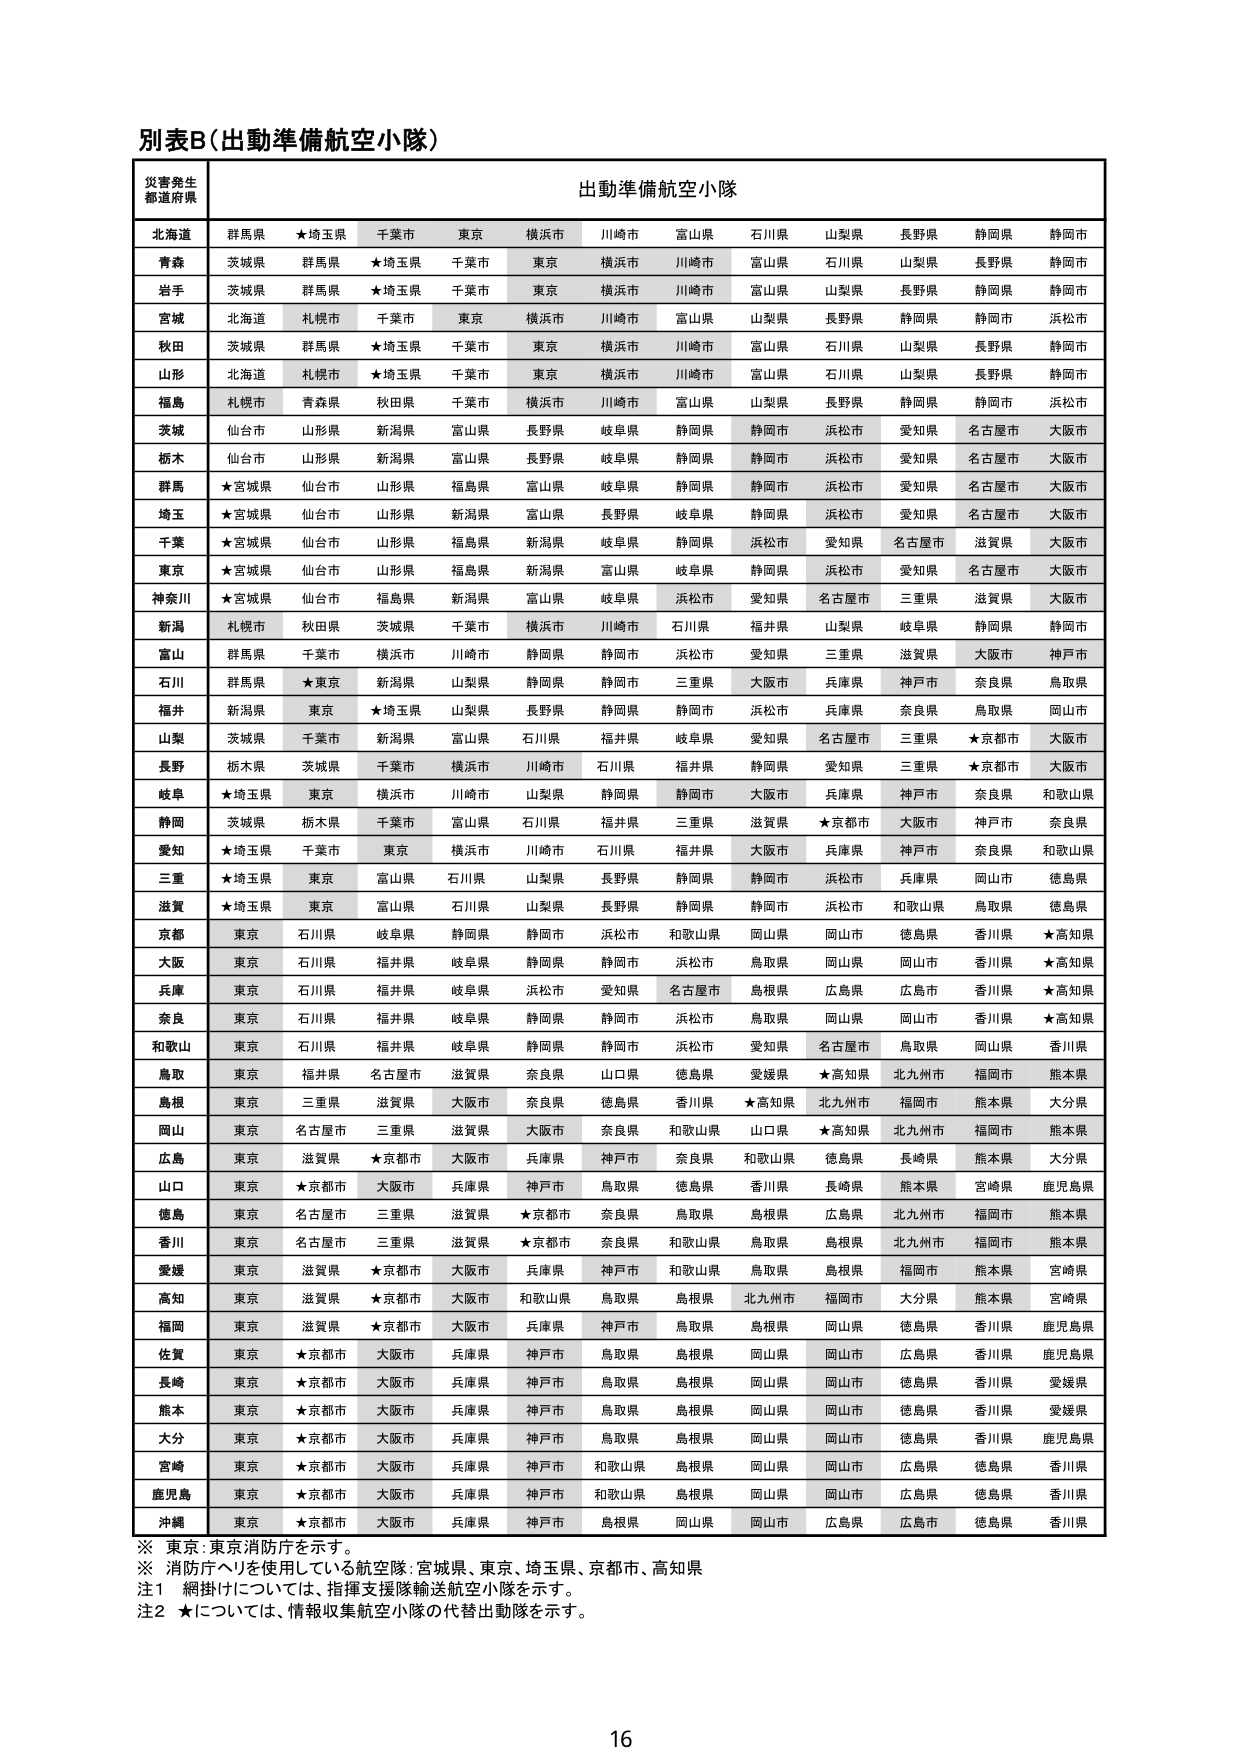
別表B（出動準備航空小隊）

災害発生
都道府県

出動準備航空小隊

北海道
群馬県 ★埼玉県 千葉市 東京 横浜市 川崎市 富山県 石川県 山梨県 長野県 静岡県 静岡市

青森
茨城県 群馬県 ★埼玉県 千葉市 東京 横浜市 川崎市 富山県 石川県 山梨県 長野県 静岡市

岩手
茨城県 群馬県 ★埼玉県 千葉市 東京 横浜市 川崎市 富山県 山梨県 長野県 静岡県 静岡市

宮城
北海道 札幌市 千葉市 東京 横浜市 川崎市 富山県 山梨県 長野県 静岡県 静岡市 浜松市

秋田
茨城県 群馬県 ★埼玉県 千葉市 東京 横浜市 川崎市 富山県 石川県 山梨県 長野県 静岡市

山形
北海道 札幌市 ★埼玉県 千葉市 東京 横浜市 川崎市 富山県 石川県 山梨県 長野県 静岡市

福島
札幌市 青森県 秋田県 千葉市 横浜市 川崎市 富山県 山梨県 長野県 静岡県 静岡市 浜松市

茨城
仙台市 山形県 新潟県 富山県 長野県 岐阜県 静岡県 静岡市 浜松市 愛知県 名古屋市 大阪市

栃木
仙台市 山形県 新潟県 富山県 長野県 岐阜県 静岡県 静岡市 浜松市 愛知県 名古屋市 大阪市

群馬
★宮城県 仙台市 山形県 福島県 富山県 岐阜県 静岡県 静岡市 浜松市 愛知県 名古屋市 大阪市

埼玉
★宮城県 仙台市 山形県 新潟県 富山県 長野県 岐阜県 静岡県 浜松市 愛知県 名古屋市 大阪市

千葉
★宮城県 仙台市 山形県 福島県 新潟県 岐阜県 静岡県 浜松市 愛知県 名古屋市 滋賀県 大阪市

東京
★宮城県 仙台市 山形県 福島県 新潟県 富山県 岐阜県 静岡県 浜松市 愛知県 名古屋市 大阪市

神奈川
★宮城県 仙台市 福島県 新潟県 富山県 岐阜県 浜松市 愛知県 名古屋市 三重県 滋賀県 大阪市

新潟
札幌市 秋田県 茨城県 千葉市 横浜市 川崎市 石川県 福井県 山梨県 岐阜県 静岡県 静岡市

富山
群馬県 千葉市 横浜市 川崎市 静岡県 静岡市 浜松市 愛知県 三重県 滋賀県 大阪市 神戸市

石川
群馬県 ★東京 新潟県 山梨県 静岡県 静岡市 三重県 大阪市 兵庫県 神戸市 奈良県 鳥取県

福井
新潟県 東京 ★埼玉県 山梨県 長野県 静岡県 静岡市 浜松市 兵庫県 奈良県 鳥取県 岡山市

山梨
茨城県 千葉市 新潟県 富山県 石川県 福井県 岐阜県 愛知県 名古屋市 三重県 ★京都市 大阪市

長野
栃木県 茨城県 千葉市 横浜市 川崎市 石川県 福井県 静岡県 愛知県 三重県 ★京都市 大阪市

岐阜
★埼玉県 東京 横浜市 川崎市 山梨県 静岡県 静岡市 大阪市 兵庫県 神戸市 奈良県 和歌山県

静岡
茨城県 栃木県 千葉市 富山県 石川県 福井県 三重県 滋賀県 ★京都市 大阪市 神戸市 奈良県

愛知
★埼玉県 千葉市 東京 横浜市 川崎市 石川県 福井県 大阪市 兵庫県 神戸市 奈良県 和歌山県

三重
★埼玉県 東京 富山県 石川県 山梨県 長野県 静岡県 静岡市 浜松市 兵庫県 岡山市 徳島県

滋賀
★埼玉県 東京 富山県 石川県 山梨県 長野県 静岡県 静岡市 浜松市 和歌山県 鳥取県 徳島県

京都
東京 石川県 岐阜県 静岡県 静岡市 浜松市 和歌山県 岡山県 岡山市 徳島県 香川県 ★高知県

大阪
東京 石川県 福井県 岐阜県 静岡県 静岡市 浜松市 鳥取県 岡山県 岡山市 香川県 ★高知県

兵庫
東京 石川県 福井県 岐阜県 浜松市 愛知県 名古屋市 鳥根県 広島県 広島市 香川県 ★高知県

奈良
東京 石川県 福井県 岐阜県 静岡県 静岡市 浜松市 鳥取県 岡山県 岡山市 香川県 ★高知県

和歌山
東京 石川県 福井県 岐阜県 静岡県 静岡市 浜松市 愛知県 名古屋市 鳥取県 岡山県 香川県

鳥取
東京 福井県 名古屋市 滋賀県 奈良県 山口県 徳島県 愛媛県 ★高知県 北九州市 福岡市 熊本県

島根
東京 三重県 滋賀県 大阪市 奈良県 徳島県 香川県 ★高知県 北九州市 福岡市 熊本県 大分県

岡山
東京 名古屋市 三重県 滋賀県 大阪市 奈良県 和歌山県 山口県 ★高知県 北九州市 福岡市 熊本県

広島
東京 滋賀県 ★京都市 大阪市 兵庫県 神戸市 奈良県 和歌山県 徳島県 長崎県 熊本県 大分県

山口
東京 ★京都市 大阪市 兵庫県 神戸市 鳥取県 徳島県 香川県 長崎県 熊本県 宮崎県 鹿児島県

徳島
東京 名古屋市 三重県 滋賀県 ★京都市 奈良県 鳥取県 島根県 広島県 北九州市 福岡市 熊本県

香川
東京 名古屋市 三重県 滋賀県 ★京都市 奈良県 和歌山県 鳥取県 島根県 北九州市 福岡市 熊本県

愛媛
東京 滋賀県 ★京都市 大阪市 兵庫県 神戸市 和歌山県 鳥取県 島根県 福岡市 熊本県 宮崎県

高知
東京 滋賀県 ★京都市 大阪市 和歌山県 鳥取県 島根県 北九州市 福岡市 大分県 熊本県 宮崎県

福岡
東京 滋賀県 ★京都市 大阪市 兵庫県 神戸市 鳥取県 島根県 岡山県 徳島県 香川県 鹿児島県

佐賀
東京 ★京都市 大阪市 兵庫県 神戸市 鳥取県 島根県 岡山県 岡山市 広島県 香川県 鹿児島県

長崎
東京 ★京都市 大阪市 兵庫県 神戸市 鳥取県 島根県 岡山県 岡山市 徳島県 香川県 愛媛県

熊本
東京 ★京都市 大阪市 兵庫県 神戸市 鳥取県 島根県 岡山県 岡山市 徳島県 香川県 愛媛県

大分
東京 ★京都市 大阪市 兵庫県 神戸市 鳥取県 島根県 岡山県 岡山市 徳島県 香川県 鹿児島県

宮崎
東京 ★京都市 大阪市 兵庫県 神戸市 和歌山県 島根県 岡山県 岡山市 広島県 徳島県 香川県

鹿児島
東京 ★京都市 大阪市 兵庫県 神戸市 和歌山県 島根県 岡山県 岡山市 広島県 徳島県 香川県

沖縄
東京 ★京都市 大阪市 兵庫県 神戸市 島根県 岡山県 岡山市 広島県 広島市 徳島県 香川県

※ 東京：東京消防庁を示す。
※ 消防庁ヘリを使用している航空隊：宮城県、東京、埼玉県、京都市、高知県
注1 網掛けについては、指揮支援隊輸送航空小隊を示す。
注2 ★については、情報収集航空小隊の代替出動隊を示す。

16